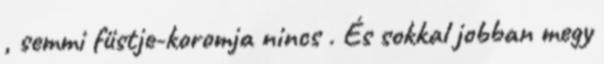
, semmi füstje-koromja nincs . És sokkal jobban megy